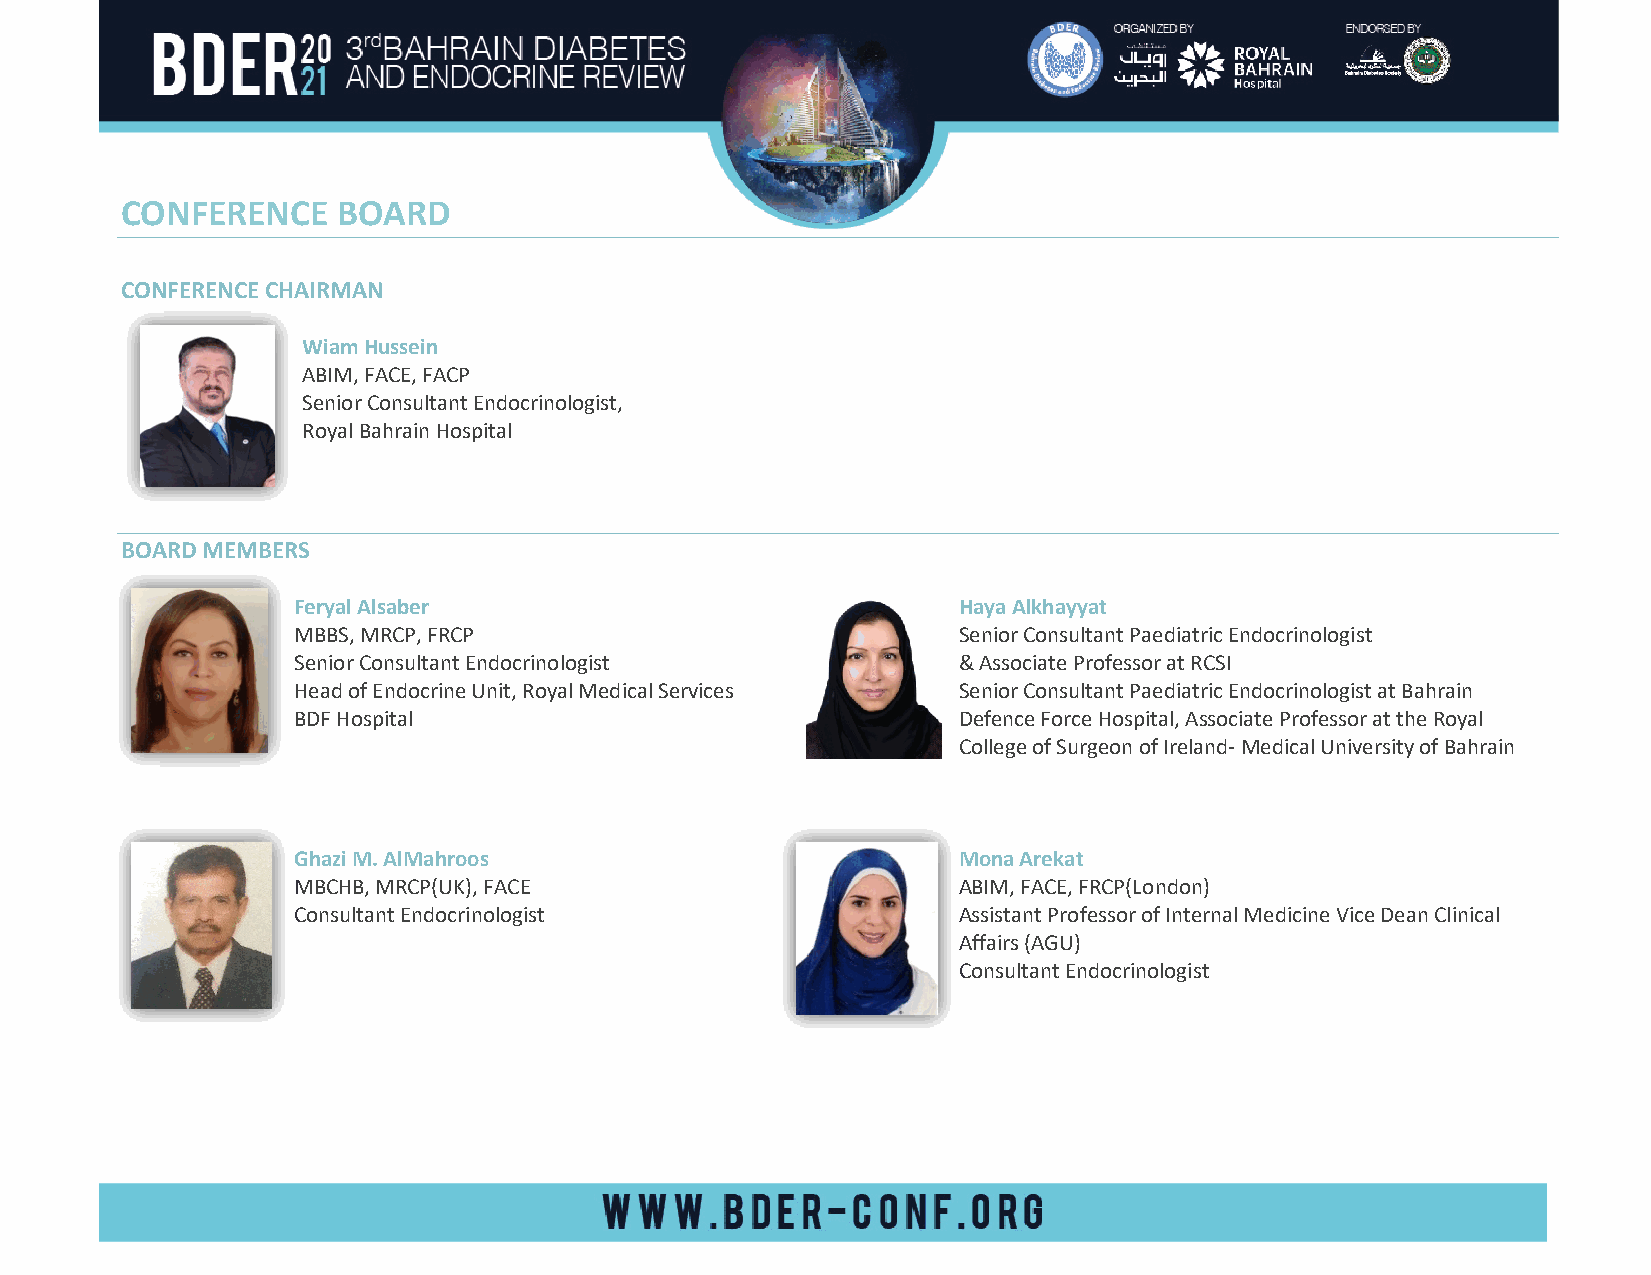
CONFERENCE    BOARD
 CONFERENCE CHAIRMAN
 Wiam Hussein
 ABIM, FACE, FACP
 Senior Consultant Endocrinologist,
 Royal Bahrain Hospital
 BOARD MEMBERS
 Feryal Alsaber                              Haya Alkhayyat
 MBBS, MRCP, FRCP                            Senior Consultant Paediatric Endocrinologist
 Senior Consultant Endocrinologist           & Associate Professor at RCSI
 Head of Endocrine Unit, Royal Medical Services Senior Consultant Paediatric Endocrinologist at Bahrain
 BDF Hospital                                Defence Force Hospital, Associate Professor at the Royal
 College of Surgeon of Ireland- Medical University of Bahrain
 Ghazi M. AlMahroos                          Mona Arekat
 MBCHB, MRCP(UK), FACE                       ABIM, FACE, FRCP(London)
 Consultant Endocrinologist                  Assistant Professor of Internal Medicine Vice Dean Clinical
 Affairs (AGU)
 Consultant Endocrinologist